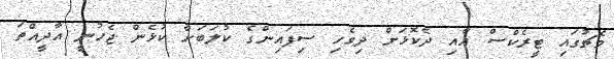
މެޗުގައި ޓީރެކްސް އާއި ދެކޮޅަށް ދިވެހި ސިފައިންގެ ކުލަބަށް ކުޅެން ޖެހުނީ އާދީއްތަ